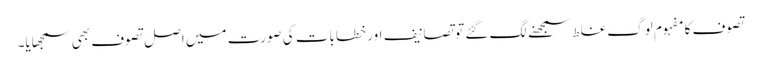
تصوف کا مفہوم لوگ غلط سمجھنے لگ گئے تو تصانیف اور خطابات کی صورت میں اصل تصوف بھی سمجھایا۔